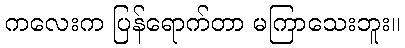
ကလေးက ပြန်ရောက်တာ မကြာသေးဘူး။